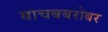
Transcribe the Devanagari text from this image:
याचबबरोबर